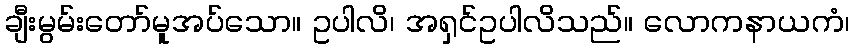
ချီးမွမ်းတော်မူအပ်သော။ ဥပါလိ၊ အရှင်ဥပါလိသည်။ လောကနာယကံ၊